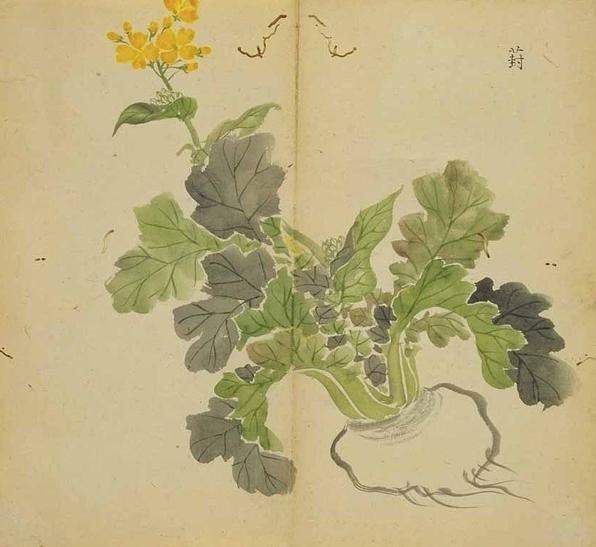
愿君采葑菲，无以下体妨。